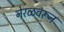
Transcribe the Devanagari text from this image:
नेरळवरून